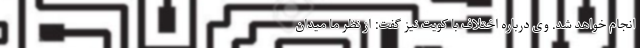
انجام خواهد شد. وی درباره اختلاف با کویت نیز گفت: از نظر ما میدان